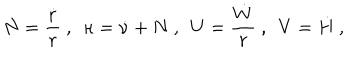
N = { \frac { \dot { r } } { r } } \ , \ \ \kappa = \dot { \nu } + N \ , \ \ U = { \frac { \dot { W } } { r } } \ , \ \ V = \dot { H } \ ,